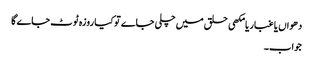
دھواں یا غبار یا مکھی حلق میں چلی جاے تو کیا روزہ ٹوٹ جاے گا
جواب۔